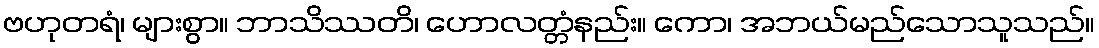
ဗဟုတရံ၊ များစွာ။ ဘာသိဿတိ၊ ဟောလတ္တံနည်း။ ကော၊ အဘယ်မည်သောသူသည်။